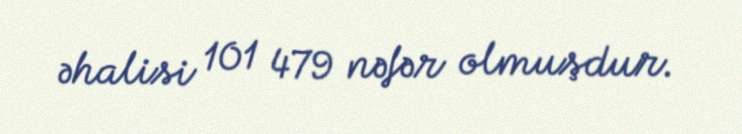
əhalisi 101 479 nəfər olmuşdur.